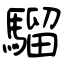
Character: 騮